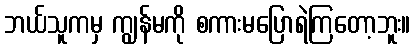
ဘယ်သူကမှ ကျွန်မကို စကားမပြောရဲကြတော့ဘူး။